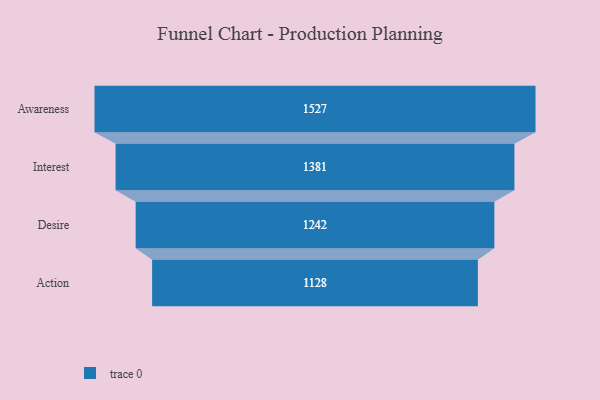
{"axis": {"x": "Stage", "y": "Value"}, "legend": [""], "data": [{"x": "Awareness", "y": 1527.0, "type": ""}, {"x": "Interest", "y": 1381.0, "type": ""}, {"x": "Desire", "y": 1242.0, "type": ""}, {"x": "Action", "y": 1128.0, "type": ""}]}